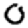
Digit: 0